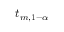
t _ { m , 1 - \alpha }